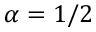
\alpha = 1 / 2